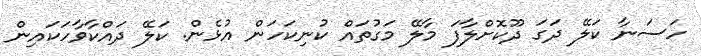
ހަސަނާ ކަލޭ ދަގަ ދޫކޮށްލާފަ މާލޭ މަގުތައް ކުނިކަހަން އުޅެން. ކަލޭ ދައްކާވާހަކައިން